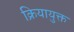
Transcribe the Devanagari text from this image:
क्रियायुक्त